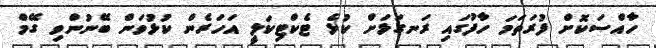
ހާއްސަކޮށް ފުރަތަމަ ހާފުގައި ރަނގަޅަށް ކުޅެ ޓެކްޓިކަލީ އަހަރެން ކުޅުވަން ބޭނުންވި ގޭމް